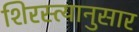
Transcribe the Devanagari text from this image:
शिरस्त्यानुसार